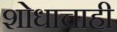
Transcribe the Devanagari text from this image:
शोधाचाही